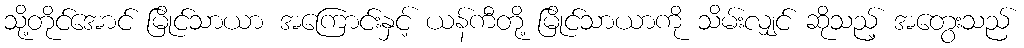
သို့တိုင်အောင် မြိုင်သာယာ အကြောင်းနှင့် ယန်ကီတို့ မြိုင်သာယာကို သိမ်းလျှင် ဆိုသည့် အတွေးသည်